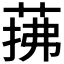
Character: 𦲫